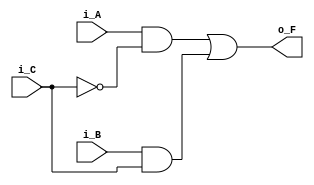
module log_func(i_A, i_B, i_C, o_F);
	input i_A, i_B, i_C;
	output o_F;
	
	assign o_F = (i_A & ~i_C) | (i_B & i_C);
endmodule